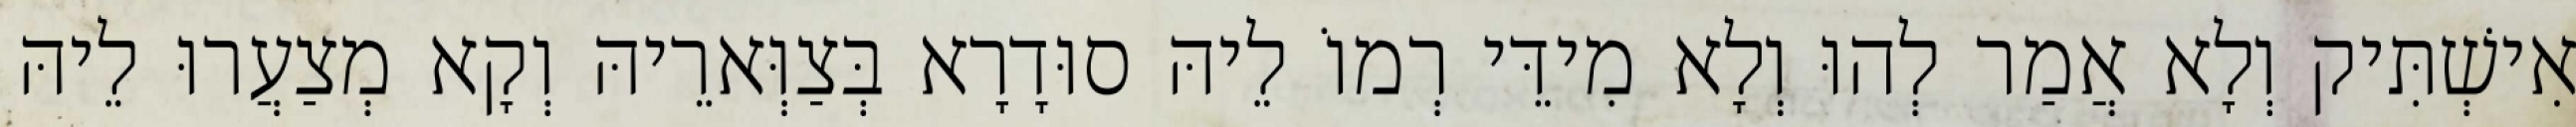
אִישְׁתִּיק וְלָא אֲמַר לְהוּ וְלָא מִידֵּי רְמוֹ לֵיהּ סוּדָרָא בְּצַוְּארֵיהּ וְקָא מְצַעֲרוּ לֵיהּ